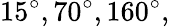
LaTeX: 15^{\circ},70^{\circ},160^{\circ},